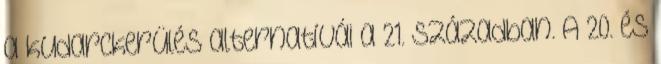
a kudarckerülés alternatívái a 21. században. A 20. és